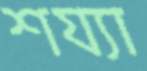
শয্যা